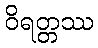
ဝိရတ္တဿ